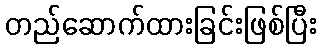
တည်ဆောက်ထားခြင်းဖြစ်ပြီး